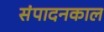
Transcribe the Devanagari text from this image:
संपादनकाल